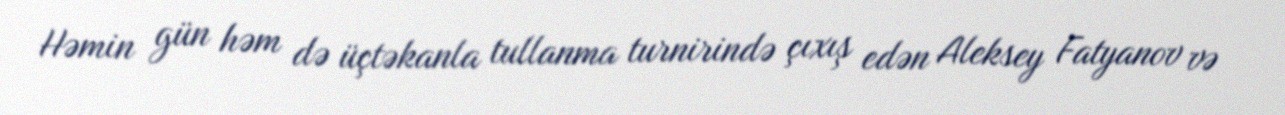
Həmin gün həm də üçtəkanla tullanma turnirində çıxış edən Aleksey Fatyanov və